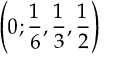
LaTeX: \left( 0 ; \frac { 1 } { 6 } , \frac { 1 } { 3 } , \frac { 1 } { 2 } \right)